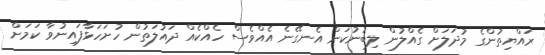
ރައްޔިތުންގެ މުދަލަށް ގެއްލުން ލިބުނުކަން އެނގޭނެ އެއްވެސް ހެއްކެއް ދައުލަތުން ހުށަހަޅާފައިނުވާ ކަމަށް